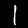
Label: 1